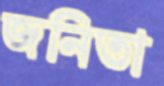
জনিতা